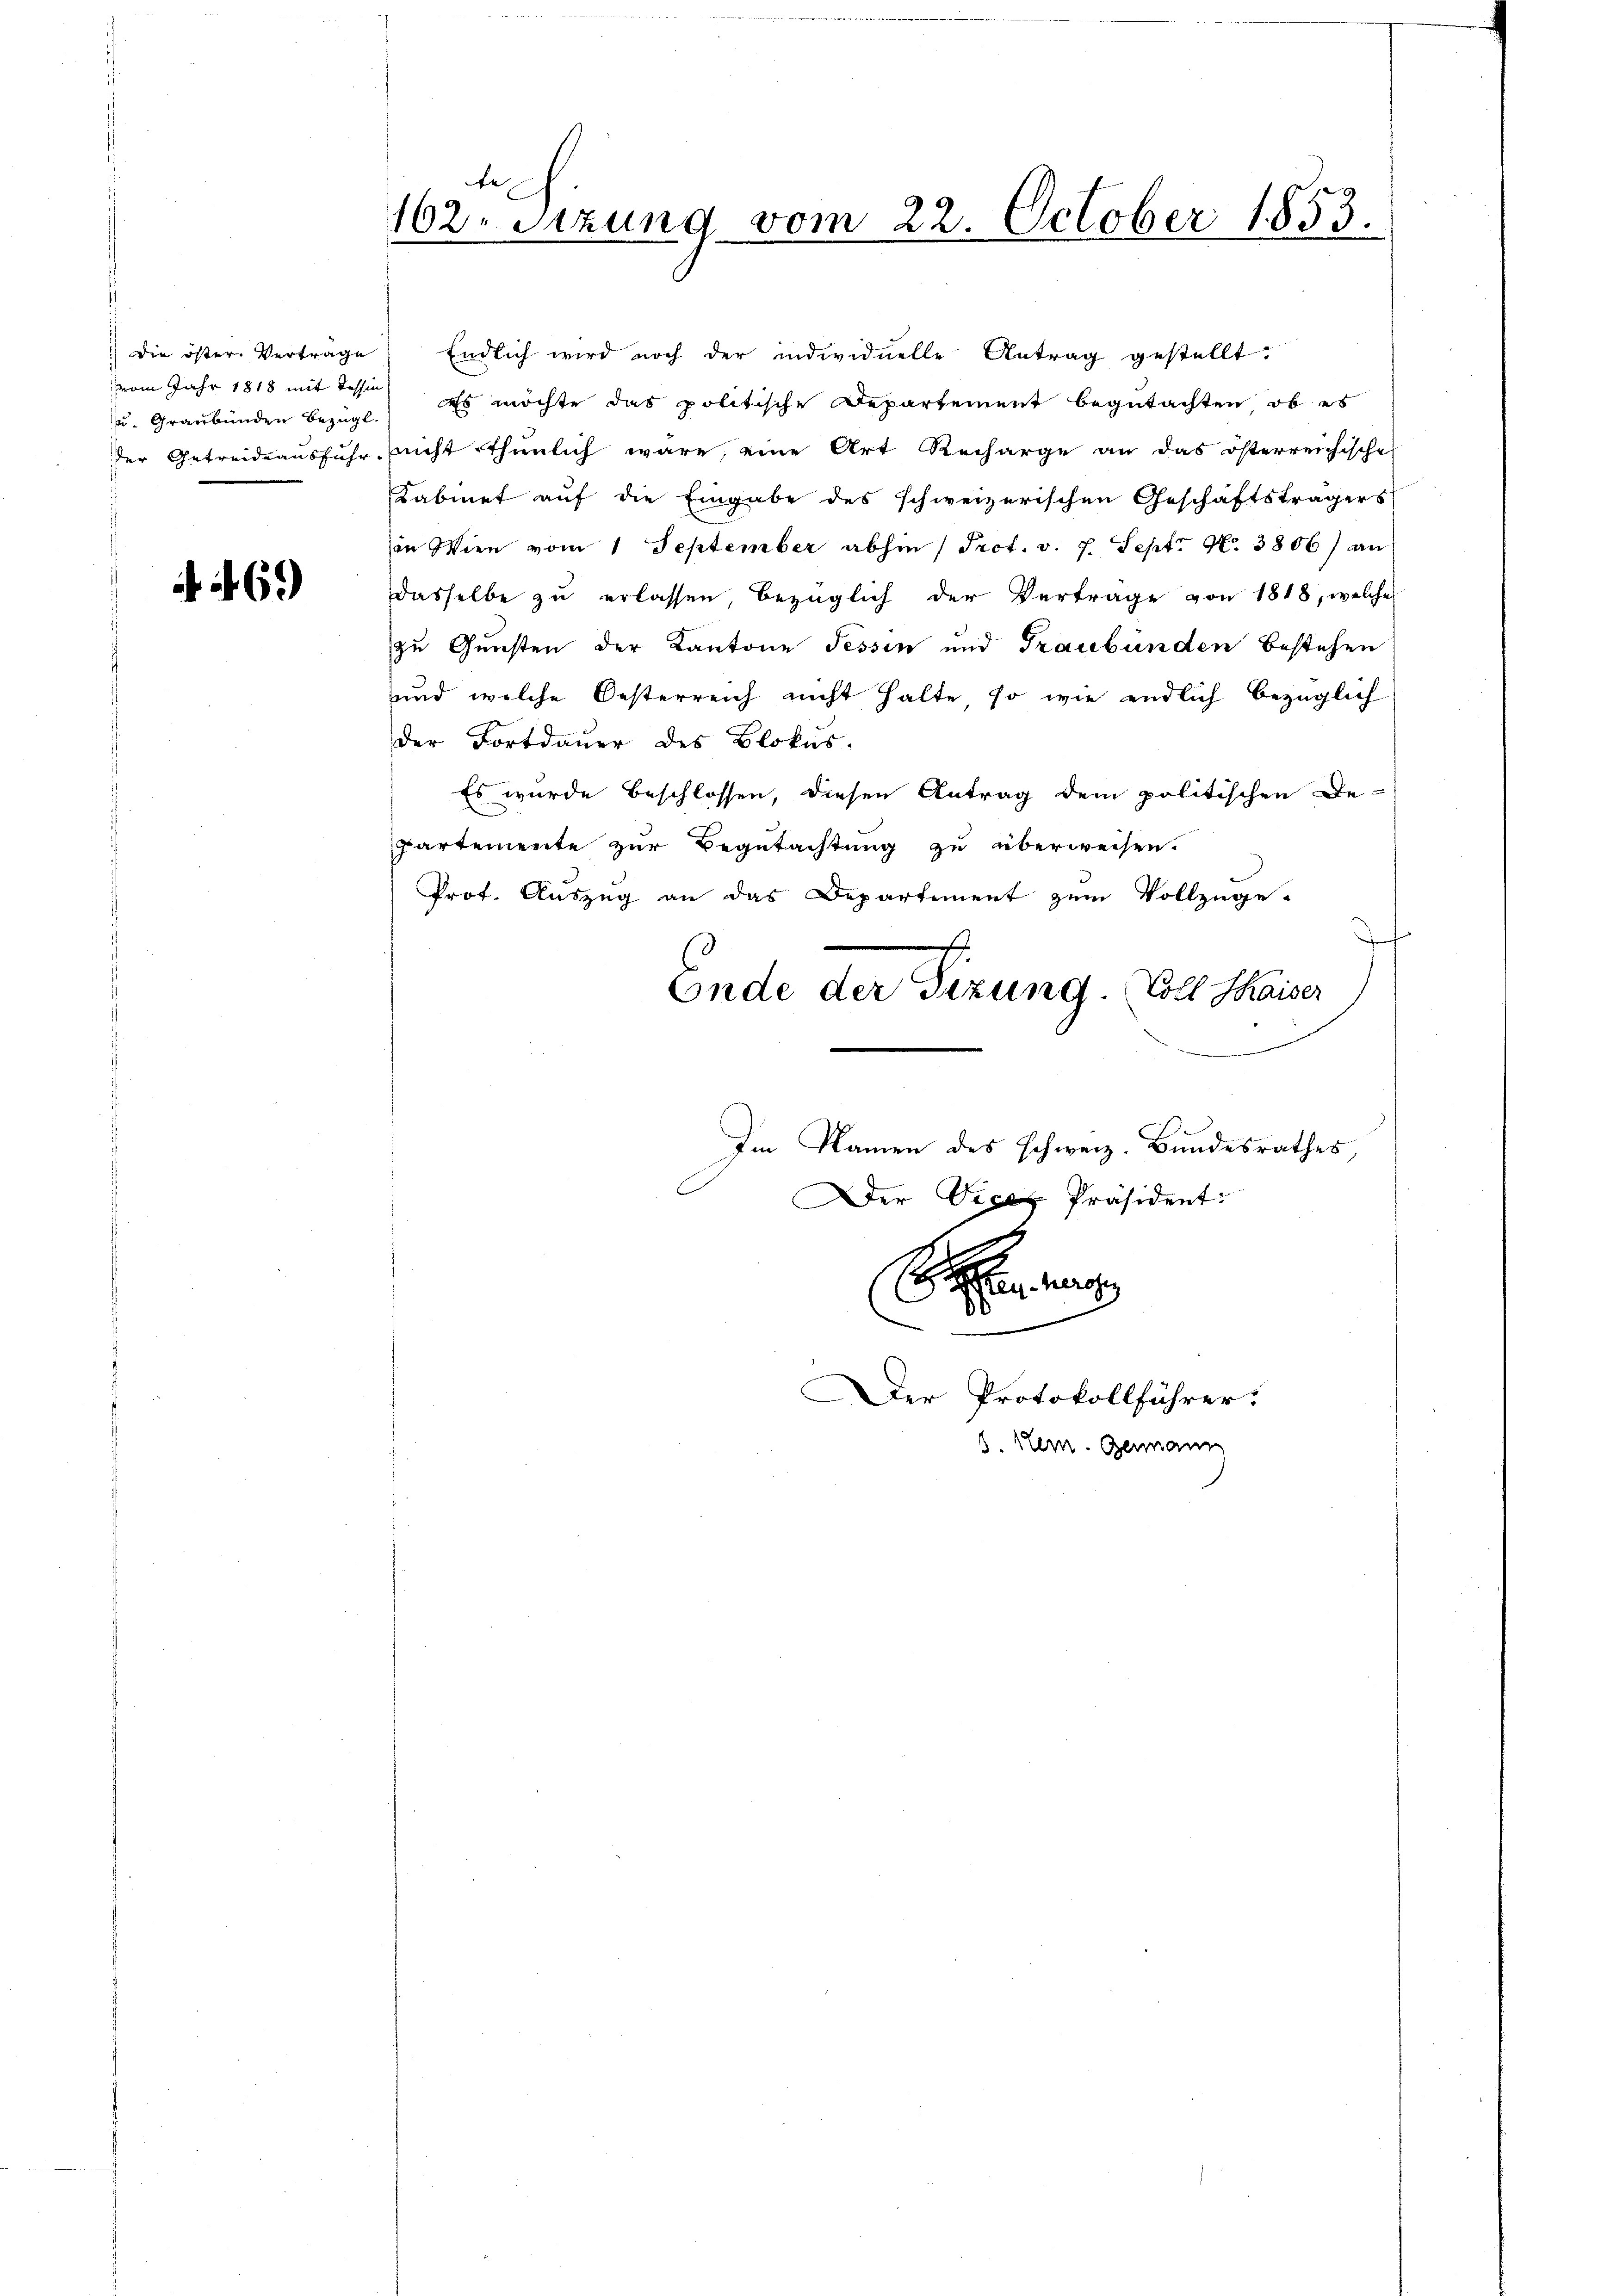
vom Jahr 1818 mit Tessin
u. Graubünden bezügl.

. 69

e
162. Sitzung vom 22. October 1853.

) die öster. Vertrage) Endlich wird noch der individuelle Antrag gestellt.
Es möchte das politische Departement begutachten, ob es
der Getreideausführ, nicht thunlich wäre, eine Art Recharge an das österreichische
Kabinet auf die Eingabe des schweizerischen Geschäftsträgers
in Wien vom 1. September abhin (Prot. v. 7. Sept. N. 3806) an
dasselbe zu erlassen, bezüglich der Verträge von 1818, welches
zu Gunsten der Kantone Tessin und Graubünden bestehen
und welche Oesterreich nicht halte, so wie endlich bezüglich
der Fortdauer des Blokus-
Es wurde beschlossen, diesen Antrag dem politischen De-
partemente zur Begutachtung zu überweisen.
Prof. Auszug an das Departement zum Vollzuge-

Ende der Gezung. Voll Kaiser
Im Namen des schweiz. Bundesrathes,
Der Vice Präsident:

Der Protokollführer.
3. Stern. Germann